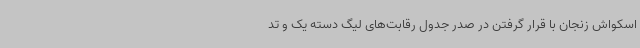
اسکواش زنجان با قرار گرفتن در صدر جدول رقابت‌های لیگ دسته یک و تد